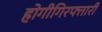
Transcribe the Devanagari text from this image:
होगीगिरफ्तारी